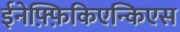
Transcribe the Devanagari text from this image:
ईनेफ़्फ़िकिएन्किएस